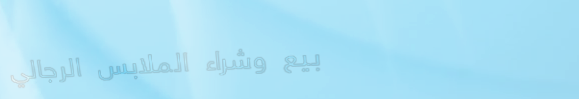
بيع وشراء الملابس الرجالي